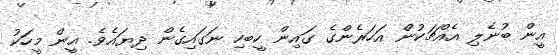
އީން ބުނެލި އެއްޗަކުން އަހަރެންގެ ގައިން ހީބހި ނަގައިގެން ދިޔައެވެ. އީން މީހަކު